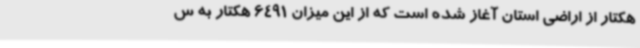
هکتار از اراضی استان آغاز شده است که از این میزان 6491 هکتار به س